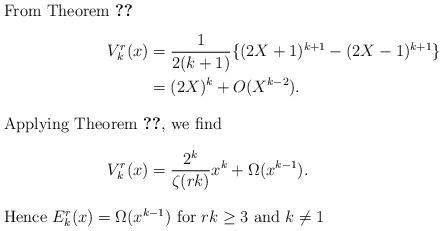
LaTeX: \begin{align*}\intertext{From Theorem \ref{thm:main}}V_k^r(x)&=\frac1{2(k+1)}\{(2X+1)^{k+1}-(2X-1)^{k+1}\}\\&=(2X)^{k}+O(X^{k-2}).\\\intertext{Applying Theorem \ref{thm:2.3}, we find}V_k^r(x)&=\frac{2^k}{\zeta(rk)}x^k+\Omega(x^{k-1}).\\\intertext{Hence $E_k^r(x)=\Omega(x^{k-1})$ for $rk\ge3$ and $k\not=1$}\end{align*}